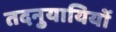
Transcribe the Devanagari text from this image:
तदनुयायियों